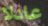
عادلا